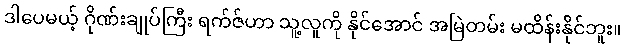
ဒါပေမယ့် ဂိုဏ်းချုပ်ကြီး ရက်ဇ်ဟာ သူ့လူကို နိုင်အောင် အမြဲတမ်း မထိန်းနိုင်ဘူး။